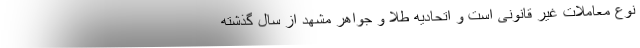
نوع معاملات غیر قانونی است و اتحادیه طلا و جواهر مشهد از سال گذشته